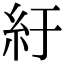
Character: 紆